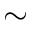
\sim